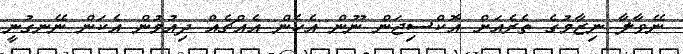
ނޭވާލާ ނިޒާމުގެ ތެރެއަށް އޮކްސިޖަން ނޫން އެހެން އެއްޗެއް ދިއުމުން އެކަން ނޭނގުނީ